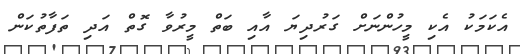
އެކަމަކު އެކި މީހުންނަށް ގަރުދިޔަ އާއި ބަތް މީރުވާ ގޮތް އަދި ތަފާތުކަން